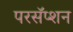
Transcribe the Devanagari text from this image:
परसॅप्शन